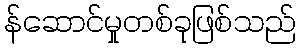
န်ဆောင်မှုတစ်ခုဖြစ်သည်